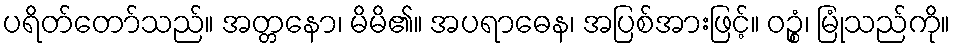
ပရိတ်တော်သည်။ အတ္တနော၊ မိမိ၏။ အပရာဓေန၊ အပြစ်အားဖြင့်။ ဝဉ္စံ၊ မြုံသည်ကို။